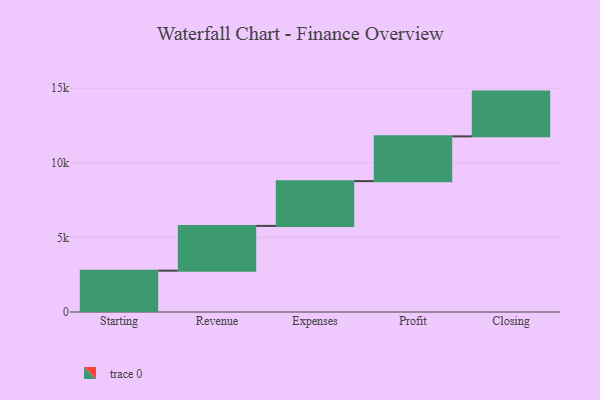
{"axis": {"x": "Step", "y": "Value"}, "legend": [""], "data": [{"x": "Starting", "y": 2770.0, "type": ""}, {"x": "Revenue", "y": 3000, "type": ""}, {"x": "Expenses", "y": 3000, "type": ""}, {"x": "Profit", "y": 3000, "type": ""}, {"x": "Closing", "y": 3000, "type": ""}]}